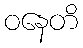
ဝနေတိ